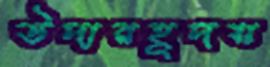
উদারহূদয়